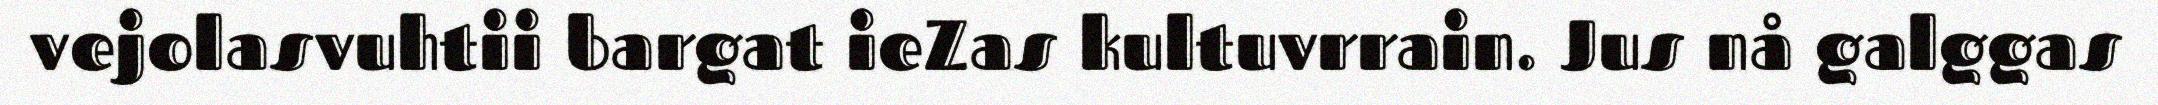
vejolasvuhtii bargat ieZas kultuvrrain. Jus nå galggas